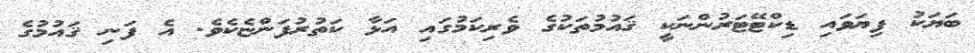
ބަޔަކު ފިޔަވައި ޑިކްޓޭޓަރުންނަކީ ޤައުމުތަކުގެ ވެރިކަމުގައި އަޅާ ކަތުރުފަންޏެކެވެ. އެ ފަނި ޤައުމުގެ